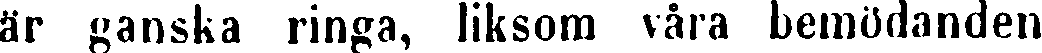
är ganska ringa, liksom våra bemödanden